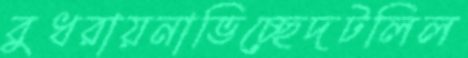
বুধরায়নাভিচ্ছেদটলিল